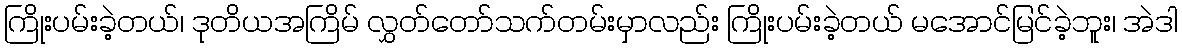
ကြိုးပမ်းခဲ့တယ်၊ ဒုတိယအကြိမ် လွှတ်တော်သက်တမ်းမှာလည်း ကြိုးပမ်းခဲ့တယ် မအောင်မြင်ခဲ့ဘူး၊ အဲဒါ